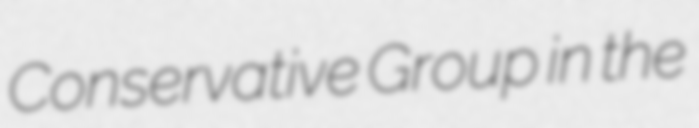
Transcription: Conservative Group in the